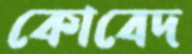
কোবেদ